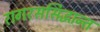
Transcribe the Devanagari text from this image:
रागरससिद्धान्त